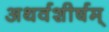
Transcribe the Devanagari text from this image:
अथर्वशीर्षम्